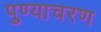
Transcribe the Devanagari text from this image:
पुण्याचरण